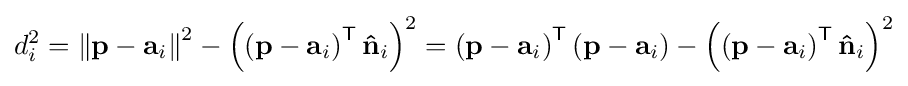
d_{i}^{2}=\left\|\mathbf {p} -\mathbf {a} _{i}\right\|^{2}-\left(\left(\mathbf {p} -\mathbf {a} _{i}\right)^{\mathsf {T}}\mathbf {\hat {n}} _{i}\right)^{2}=\left(\mathbf {p} -\mathbf {a} _{i}\right)^{\mathsf {T}}\left(\mathbf {p} -\mathbf {a} _{i}\right)-\left(\left(\mathbf {p} -\mathbf {a} _{i}\right)^{\mathsf {T}}\mathbf {\hat {n}} _{i}\right)^{2}